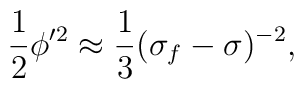
{\frac{1}{2}\phi'^2\approx \frac{1}{3}(\sigma_f-\sigma)^{-2},}